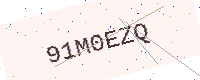
Text: 91M0EZQ